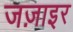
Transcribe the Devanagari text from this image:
जज़ाइर